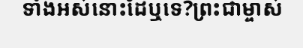
ទាំងអស់នោះដែឬទេ?ព្រះជាម្ចាស់